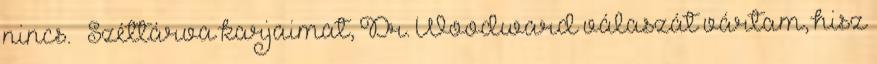
nincs. – Széttárva karjaimat, Dr. Woodward válaszát vártam, hisz